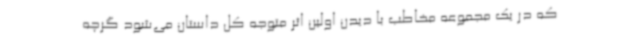
که در یک مجموعه مخاطب با دیدن اولین اثر متوجه کل داستان می‌شود گرچه